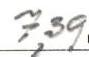
7,39